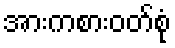
အားကစားဝတ်စုံ